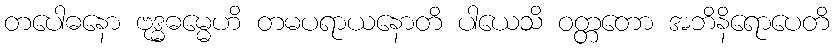
တပေါဓနော ဗုဒ္ဓဓမ္မေဟိ တမပရာယနောတိ ပါယေသိ ဝတ္တတော အဘိနိရောပေတိ